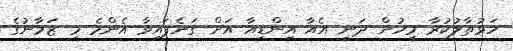
ހަޅުތާލުކުރާ މީހުން ދަނީ އެއާ އިންޑިއާ އަށް ގަނެފައިވާ އެންމެ މި ޒަމާނުގެ